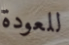
للعودة